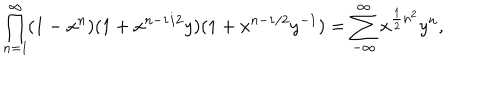
\prod _ { n = 1 } ^ { \infty } ( 1 - x ^ { n } ) ( 1 + x ^ { n - 1 / 2 } y ) ( 1 + x ^ { n - 1 / 2 } y ^ { - 1 } ) = \sum _ { - \infty } ^ { \infty } x ^ { \frac { 1 } { 2 } n ^ { 2 } } y ^ { n } ,